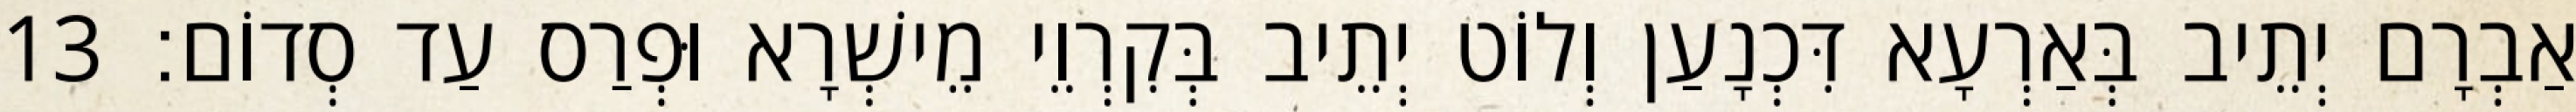
אַבְרָם יְתֵיב בְּאַרְעָא דִּכְנָעַן וְלוֹט יְתֵיב בְּקִרְוֵי מֵישְׁרָא וּפְרַס עַד סְדוֹם׃ 13